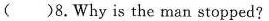
（）8.Why is the man stopped?